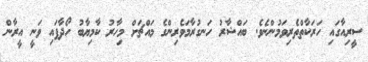
ސީރިއާގައި ހަރަކާތްތެރިވަމުންނެވެ. ބައްޝާރު ހަނގުރާމަވެރިންގެ މައްޗަށް މިހާރު ކާމިޔާބު ހޯދާފައި ވަނީ އީރާން